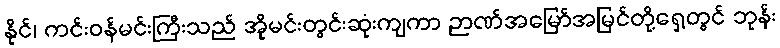
နိုင်၊ ကင်းဝန်မင်းကြီးသည် အိုမင်းတွင်းဆုံးကျကာ ဉာဏ်အမြော်အမြင်တို့ရှေ့တွင် ဘုန်း